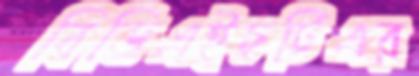
বিডিএইচটিএর